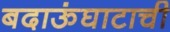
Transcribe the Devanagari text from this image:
बदाऊंघाटाची